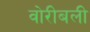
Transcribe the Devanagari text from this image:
वोरीबली